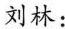
刘林：